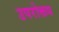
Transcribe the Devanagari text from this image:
उपरोक्तध